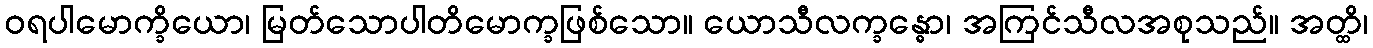
ဝရပါမောက္ခိယော၊ မြတ်သောပါတိမောက္ခဖြစ်သော။ ယောသီလက္ခန္ဓော၊ အကြင်သီလအစုသည်။ အတ္ထိ၊